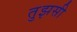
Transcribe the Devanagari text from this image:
तुझसी